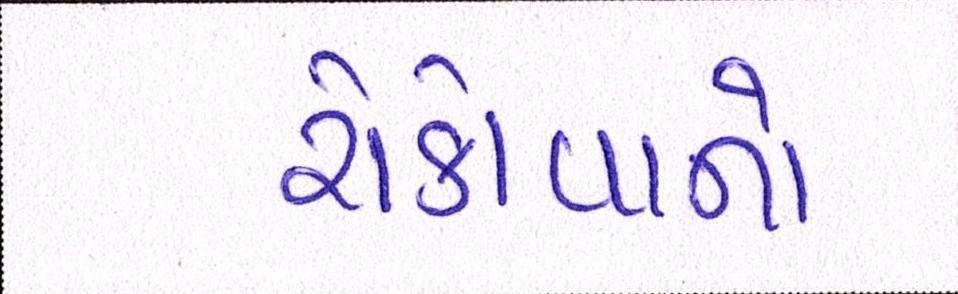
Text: રોકોવાનો